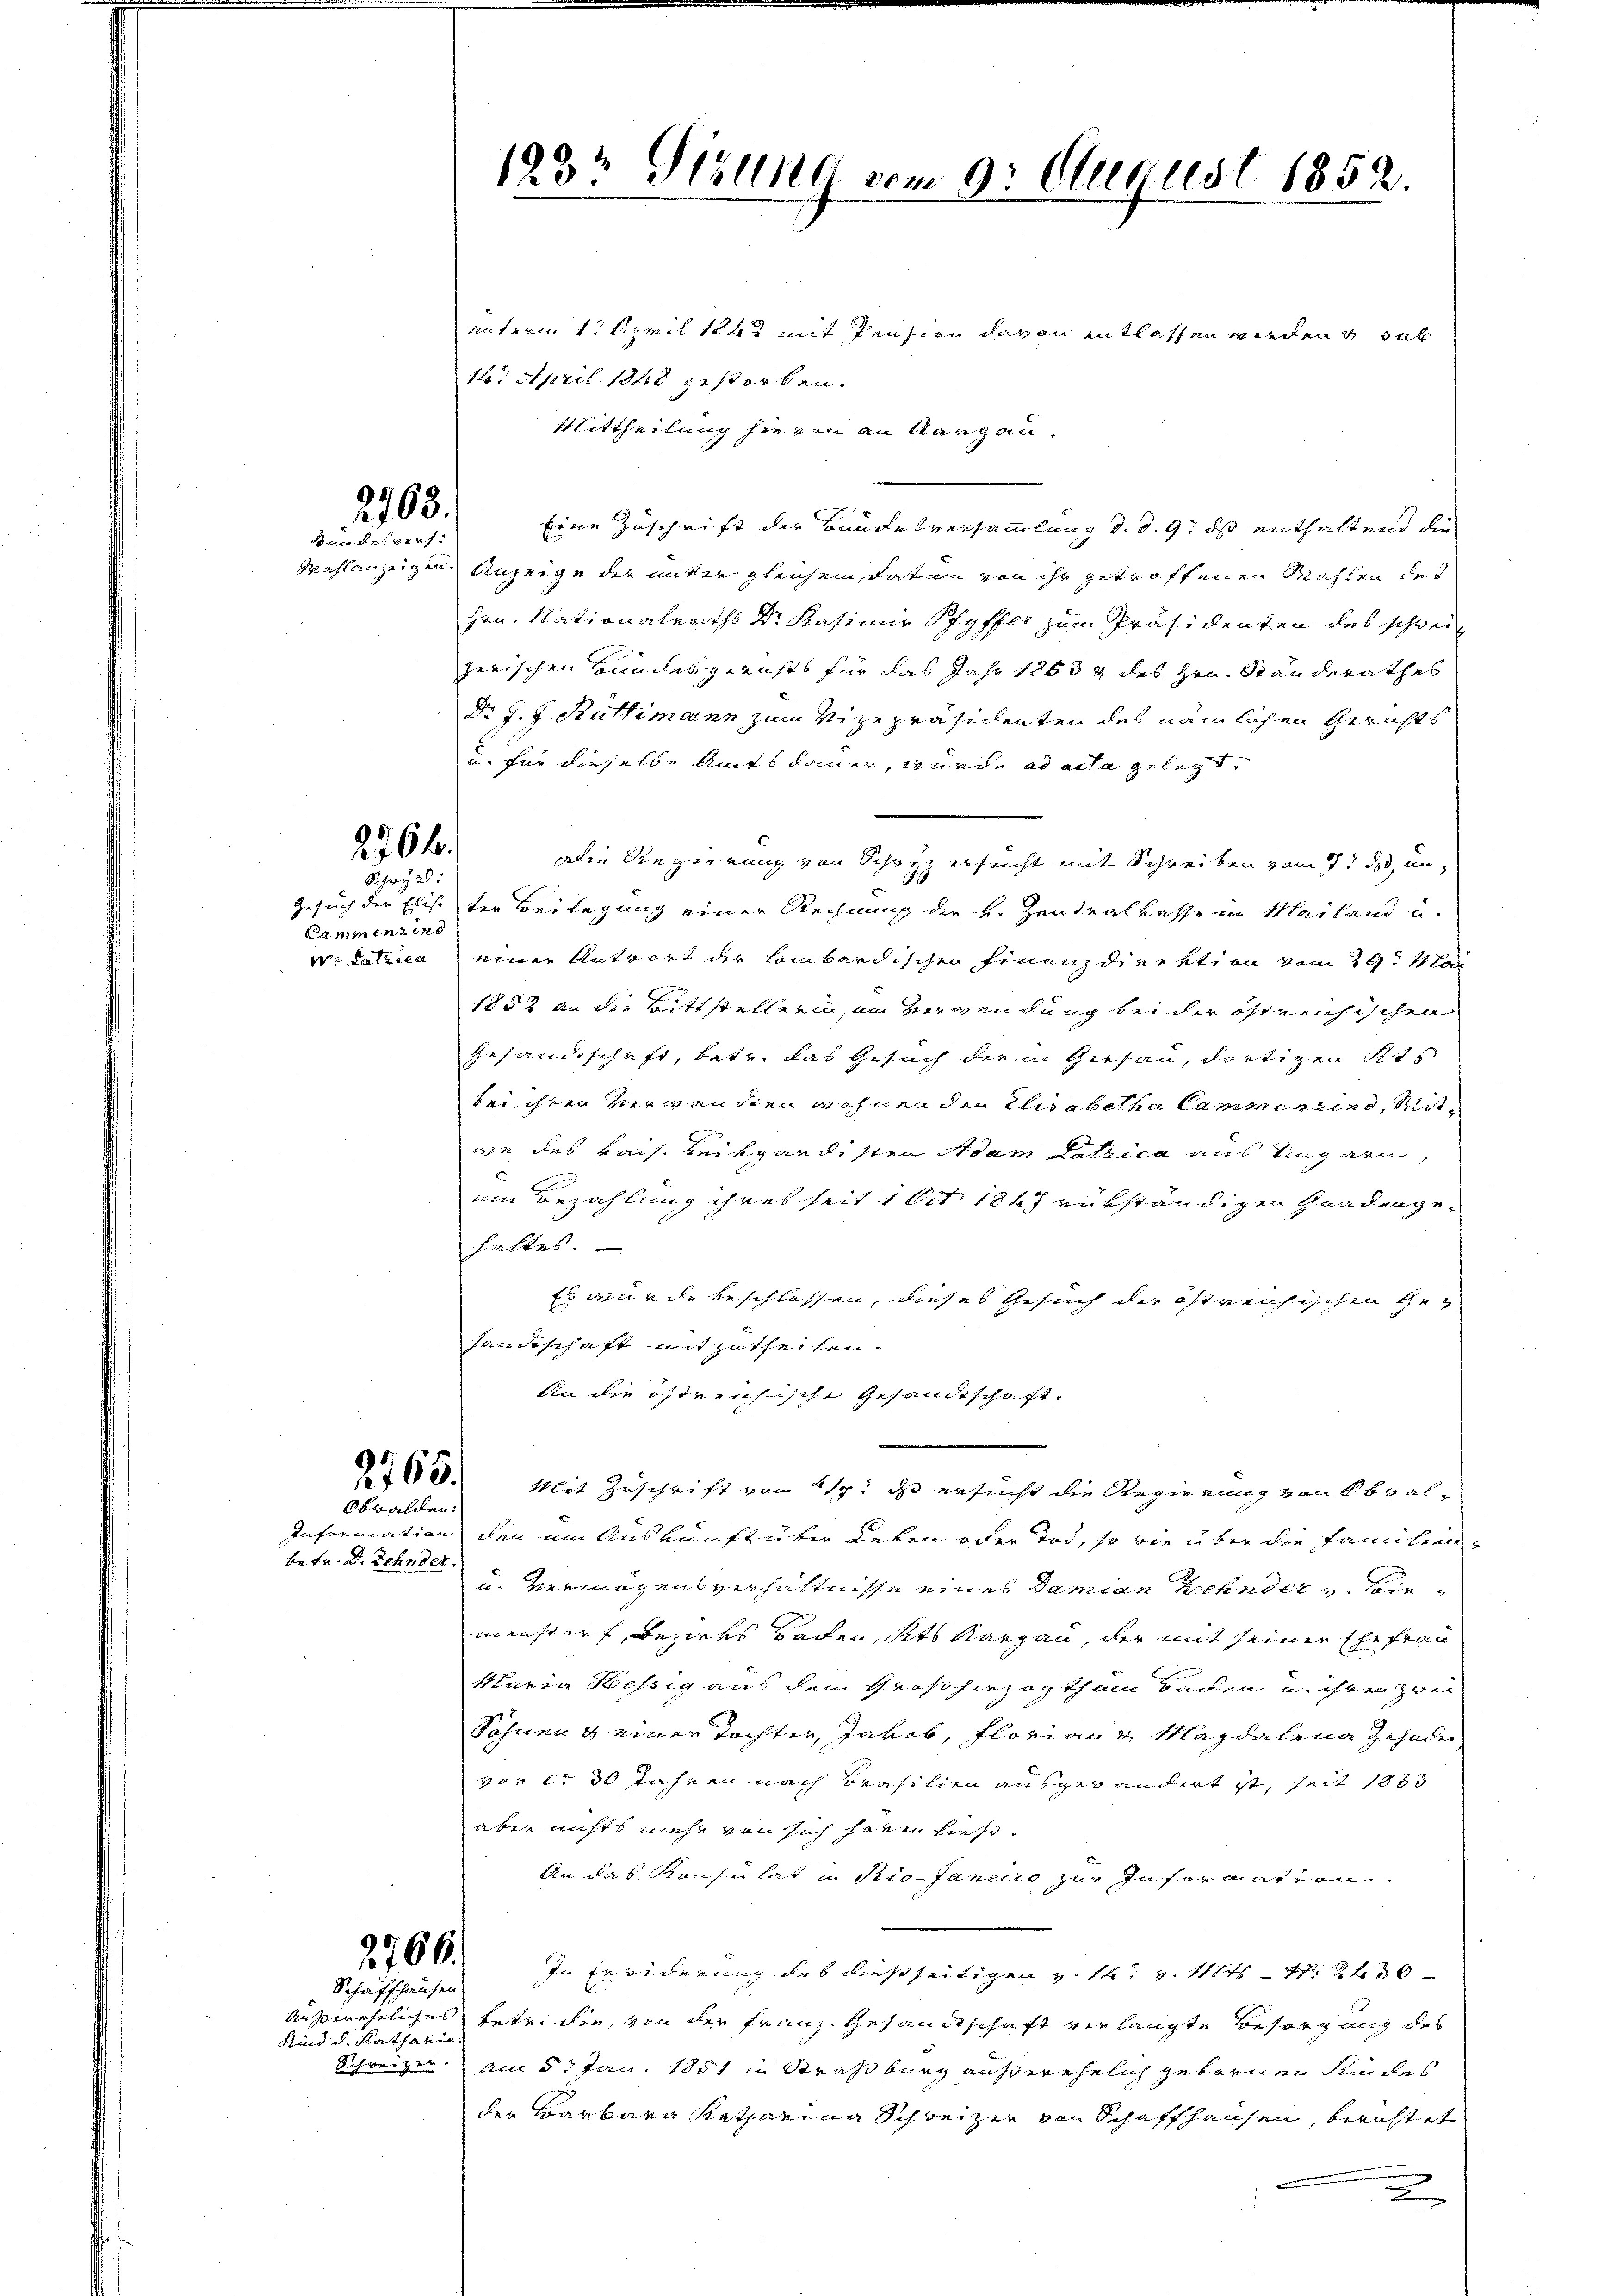
2763.
dan des vers¬

2764.
Schwyz:

Cammenzing
W. Satzica

Obwalden:

betr. Dr Zehnder.

unterm 1. April 1842 mit Pension davon entlassen werden, das
16. April 1848 gestorben.
Mittheilung sie von an Sargau,
Eine Zuschrift der Bundesversammlung d. d. 9. ds enthaltend die
Wahlanzeigen Anzeige der mitter gleichem Datum von ihr getroffenen Mahlen des
Hrn. Nationalraths Dr. Kasimir Schyffer zum Präsidenten des schwei
zerischen Bundesgerichts für das Jahr 1853 g des Hrn. Ständerathes
Dr J. J. Rüttimann zum Vizepräsidenten des nämlichen Gerichts
u. für dieselbe Amtsdauer, wurde ad acta gelegt,
Die Regierung von Schwyz ersucht mit Schreiben vom 1t ds unn
Gesuch der Elise der Beilegung einer Rechnung der H. Zentralkasse in Mailand u.
einer Antwort der Lombardischen Finanzdirektion vom 29t Man
E
1852 an die Bittstellerin, im Verwendung bei der östreichischen
Gesandtschaft, betr. das Gesuch der in Gersau, dortigen Kts
bei ihren Verwandten wohnen den Elisabetha Cammen sind, Mitwe des kais. Leibgandisten Adam Latzica aus Ungarn,
im Bezahlung ihres seit 1 lit. 1847 rükständigen Gnadengehaltes.
Es wurde beschlossen, dieses Gesuch der östreichischen Gesandtschaft mitzutheilen.
An die östrenische Gesandtschaft
60. Mit Zuschrift vom 217. ds ersucht die Regierung von Obwal-
Information den um Auskunft über Leben oder Tod, so die über die Familien¬
u. Vermögensverhältnisse eines Damian Keinder u. Biemenstorf, Besiehs Baden, dits Kargau, der mit seiner Ehefrau
Maria Hessig aus dem Großherzogthum Baden u. ihren zwei
Söhnen & einer Tochter, Jakob, Floriang Magdalena Zehnder
vor ca 30 Jahren nach Brasilien ausgewandert ist, seit 1883
aber nichts mehr von sich hören hies.
An das Kaufe hat in Pio-Janeiro zur Information
In Erwiderung des dießseitigen v. 16. v. 111 S. 2430
Außerehrliches betr. die, von der Franz Gesandtschaft ein langte Besorgung des
Schweizer. Am 5. Jan. 1881 in Straßburg ausserehelich gebornen Sundes
der Barbara Katharina Schweizen von Schaffhausen, berichtet
e

2766.

Schaffhausen
Kind d. Ratharin.

123 Gullkt vom 9. August 1852.